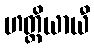
ဟတ္ထိယာယီ